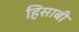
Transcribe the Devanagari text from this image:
हिसाबी